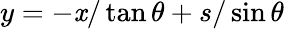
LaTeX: y=-\mathit{x}/\tan\theta+s/\sin\theta